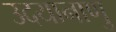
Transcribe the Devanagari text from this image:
उदयानाणु